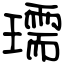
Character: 瓀